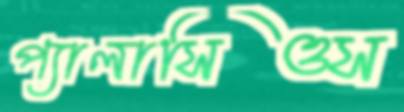
প্যালাসিওস